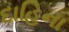
દાહિના